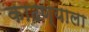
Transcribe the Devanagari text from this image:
काढण्याला